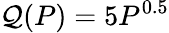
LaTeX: \mathcal{Q}(P)=5P^{0.5}